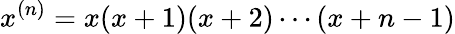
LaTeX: x^{(n)}=x(x+1)(x+2)\cdots(x+n-1)